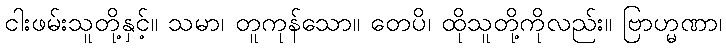
ငါးဖမ်းသူတို့နှင့်။ သမာ၊ တူကုန်သော။ တေပိ၊ ထိုသူတို့ကိုလည်း။ ဗြာဟ္မဏာ၊